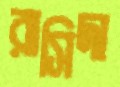
রাসিদা